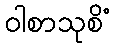
ဝါစာသုစိံ